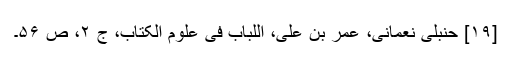
[۱۹] حنبلی نعمانی، عمر بن علی، اللباب فی علوم الکتاب، ج ۲، ص ۵۶۔